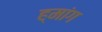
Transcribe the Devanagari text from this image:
ह्मांग